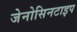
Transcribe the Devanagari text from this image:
जेनोसिनटाइप